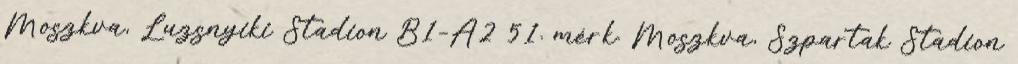
Moszkva, Luzsnyiki Stadion B1–A2 51. mérk. Moszkva, Szpartak Stadion